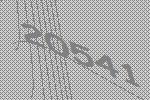
20541